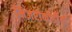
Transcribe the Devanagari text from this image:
मिज़रीकोर्डीया